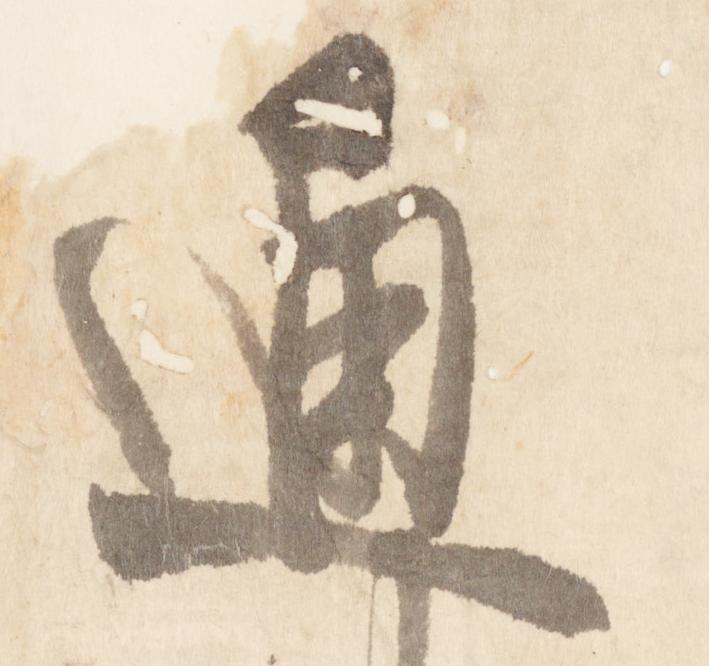
通